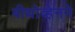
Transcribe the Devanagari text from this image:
बीथोव्हेनने